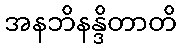
အနဘိနန္ဒိတာတိ